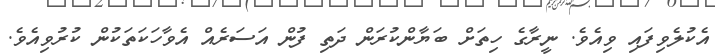
އެކުލެވިފައި ވިއެވެ. ނީރާގެ ހިތަށް ބަޔާންކުރަން ދަތި ފުން އަސަރެއް އެވާހަކަތަކުން ކުރުވިއެވެ.